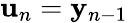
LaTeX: {\mathbf u}_{n}={\mathbf y}_{n-1}